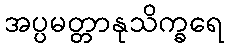
အပ္ပမတ္တာနုသိက္ခရေ